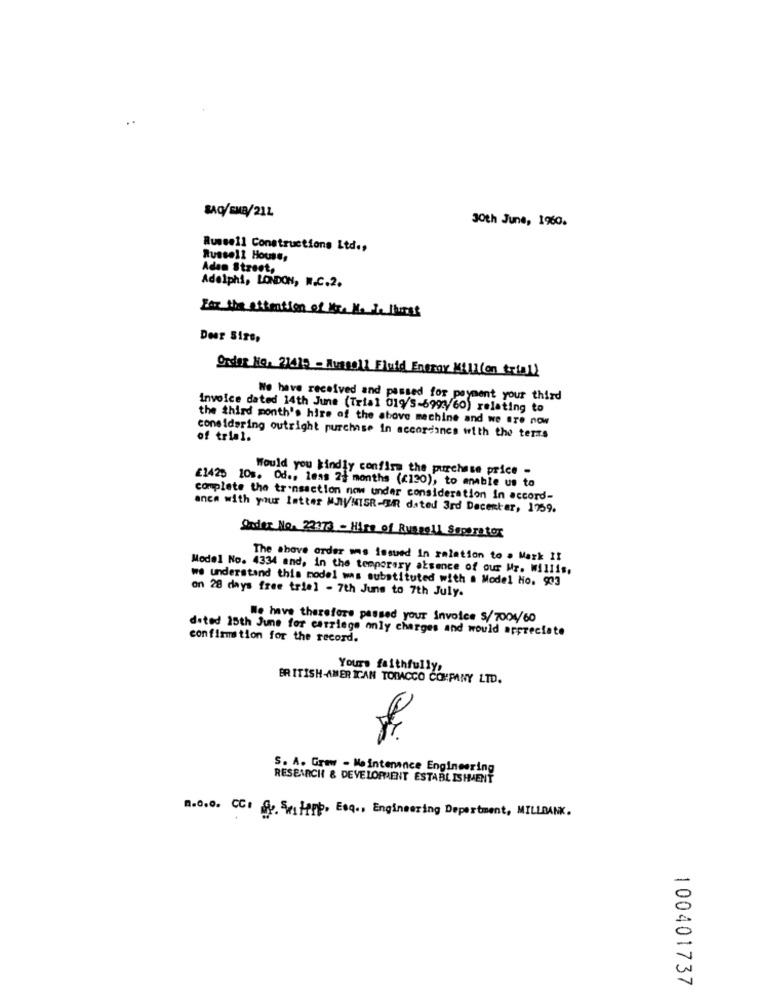
..
SAQ/SMA/21L
30th June, 1960.
Russell Constructions Ltd .,
Russell House,
Adem Street,
Adelphi, LONDON, W.C.2.
For the attention of the Ho deltures
Dear Sirs,
Order Ho. 21415 - Aussoll Fluid Enerar Million trial)
We have received and passed for payment your third
invoice dated 14th June (Trial 019/s-699760) relating to
the third month's hire of the above machine and we are now
of trial.
considering outright purchase in accordance with the terms
Would you kindly confirm the purchase price -
£1420 10s. Od ., lmas 2+ months (<120), to enable us to
complete the transaction now under consideration in accord-
anca with your letter MJWNISR-IR dated 3rd Decenter, 1759.
Qader No. 23476 - Hire of Russell Seperator
The above order wms issued In relation to a Mark II
Model No. 4334 and, in the temporary absence of our Mr. Willis,
we understand this model was substituted with a Model No. 903
on 28 days free trial - 7th June to 7th July.
We have therefore passed your invoice S/7004/60
dited 15th June for catriege only charges and would appreciate
confirmation for the record.
Yours faithfully,
BRITISH-AMERICAN TOMACCO COMPANY LTD.
S. A. Graw - Maintenance Engineering
RESEARCH & DEVELOPMENT ESTABLISHMENT
R.O.s. CC: fy. Settpp. Esq ., Engineering Department, MILLBANK.
100401737